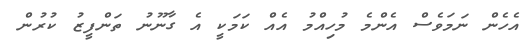
އެހެން ނަމަވެސް އެންމެ މުހިއްމު އެއް ކަމަކީ އެ ގާނޫނު ތަންފީޒު ކުރުން